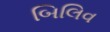
બિલિવ